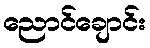
ညောင်ချောင်း